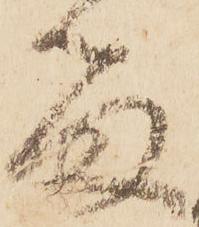
留